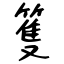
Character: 篗